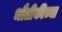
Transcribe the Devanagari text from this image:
भौतीकीच्या